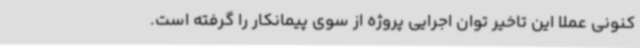
کنونی عملا این تاخیر توان اجرایی پروژه از سوی پیمانکار را گرفته است.